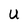
Character: U